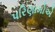
પરિણામોએ